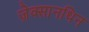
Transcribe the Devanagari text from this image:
ज़ेक्सानथिन